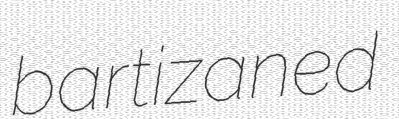
bartizaned